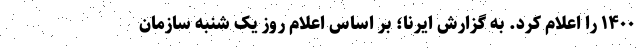
۱۴۰۰ را اعلام کرد. به گزارش ایرنا؛ بر اساس اعلام روز یک شنبه سازمان